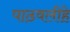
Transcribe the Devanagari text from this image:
पाठवलीहे